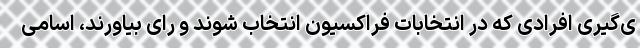
ی‌گیری افرادی كه در انتخابات فراكسیون انتخاب شوند و رای بیاورند، اسامی